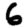
Digit: 6